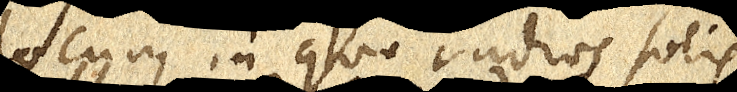
locum in quo radios solis